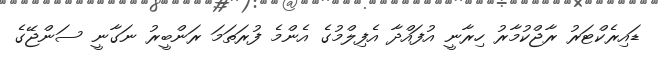
ޑައިރެކްޓަރު ރާޖްކުމާރު ހިރާނީ އުފައްދާ އެފިލްމުގެ އެންމެ ފުރަތަމަ ރަންބީރު ނަގާނީ ސަންޖޭގެ